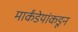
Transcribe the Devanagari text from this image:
मार्कंडेयांकडून